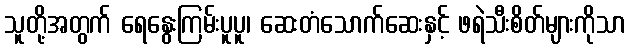
သူတို့အတွက် ရေနွေးကြမ်းပူပူ၊ ဆေးတံသောက်ဆေးနှင့် ဖရဲသီးစိတ်များကိုသာ